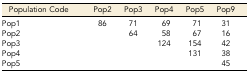
<table><thead><tr><td><b>Population Code</b></td><td><b>Pop2</b></td><td><b>Pop3</b></td><td><b>Pop4</b></td><td><b>Pop5</b></td><td><b>Pop9</b></td></tr></thead><tbody><tr><td>Pop1</td><td>86</td><td>71</td><td>69</td><td>71</td><td>31</td></tr><tr><td>Pop2</td><td></td><td>64</td><td>58</td><td>67</td><td>16</td></tr><tr><td>Pop3</td><td></td><td></td><td>124</td><td>154</td><td>42</td></tr><tr><td>Pop4</td><td></td><td></td><td></td><td>131</td><td>38</td></tr><tr><td>Pop5</td><td></td><td></td><td></td><td></td><td>45</td></tr></tbody></table>